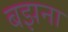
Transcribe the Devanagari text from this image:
बझना